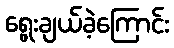
ရွေးချယ်ခဲ့ကြောင်း